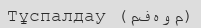
Тұспалдау (مفهوم)